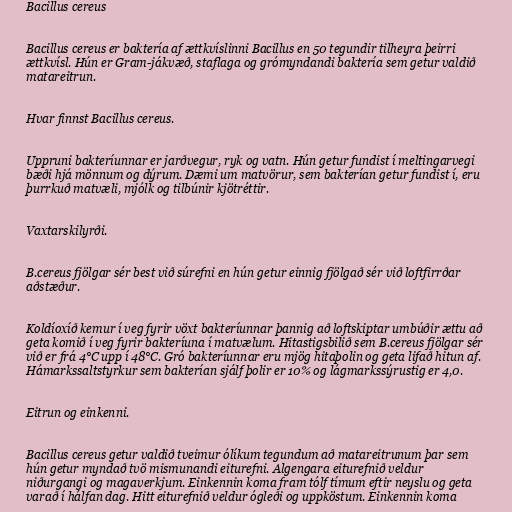
Bacillus cereus

Bacillus cereus er baktería af ættkvíslinni Bacillus en 50 tegundir tilheyra þeirri
ættkvísl. Hún er Gram-jákvæð, staflaga og grómyndandi baktería sem getur valdið
matareitrun.

Hvar finnst Bacillus cereus.

Uppruni bakteríunnar er jarðvegur, ryk og vatn. Hún getur fundist í meltingarvegi
bæði hjá mönnum og dýrum. Dæmi um matvörur, sem bakterían getur fundist í, eru
þurrkuð matvæli, mjólk og tilbúnir kjötréttir.

Vaxtarskilyrði.

B.cereus fjölgar sér best við súrefni en hún getur einnig fjölgað sér við loftfirrðar
aðstæður.

Koldíoxíð kemur í veg fyrir vöxt bakteríunnar þannig að loftskiptar umbúðir ættu að
geta komið í veg fyrir bakteríuna í matvælum. Hitastigsbilið sem B.cereus fjölgar sér
við er frá 4°C upp í 48°C. Gró bakteríunnar eru mjög hitaþolin og geta lifað hitun af.
Hámarkssaltstyrkur sem bakterían sjálf þolir er 10% og lágmarkssýrustig er 4,0.

Eitrun og einkenni.

Bacillus cereus getur valdið tveimur ólíkum tegundum að matareitrunum þar sem
hún getur myndað tvö mismunandi eiturefni. Algengara eiturefnið veldur
niðurgangi og magaverkjum. Einkennin koma fram tólf tímum eftir neyslu og geta
varað í hálfan dag. Hitt eiturefnið veldur ógleði og uppköstum. Einkennin koma